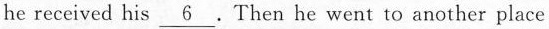
he received his \underline{6} .Then he went to another place